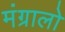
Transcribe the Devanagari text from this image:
मंग्रालो